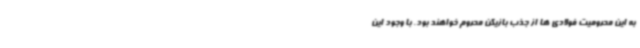
به این محرومیت فولادی ها از جذب بازیکن محروم خواهند بود. با وجود این